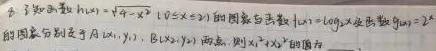
已知函数$h(x)=\sqrt{a - x^{2}}(0\leqslant x\leqslant a)$的图象与函数$f(x)=\log_{a}x$及函数$g(x)=2^{x}$的图象分别交于$A(x_{1},y_{1})$，$B(x_{2},y_{2})$两点，则$x_{1}^{2}+x_{2}^{2}$的值为 。